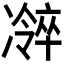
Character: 𫥜